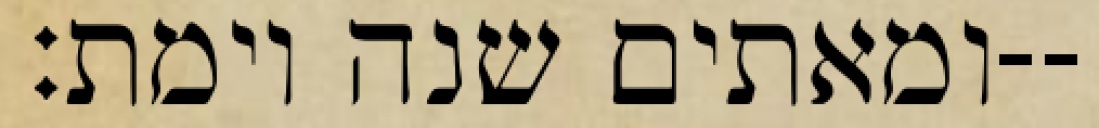
ומאתים שנה וימת׃--